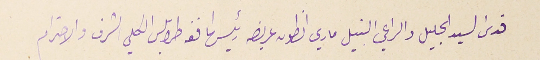
قدسَ السيد الجليل والراعي النبيل ماري انطون عريضه رئيس اساقفة طرابلسَ الكلي الشرف والاحترام